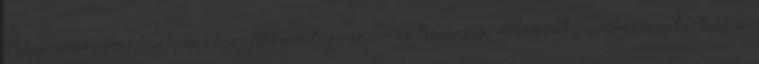
Teája aranyeres bántalmakra, bélhurut, gyomor- és bélvérzés, valamint pajzsmirigytúltengés